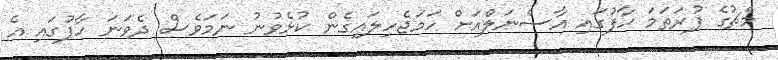
މެޗުގެ ފުރަތަމަ ހާފުގައި އާސެނަލްއަށް ހަމަޖެހިލައިގެން ކުޅެވުނު ނަމަވެސް ދެވަނަ ހާފުގައި އެ